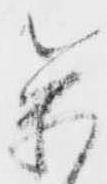
参